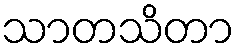
သာတသိတာ